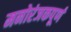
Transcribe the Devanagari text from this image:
मनोरंजकपूर्ण